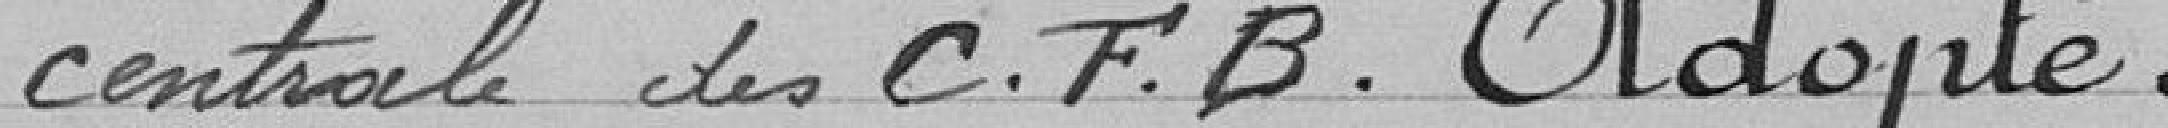
centrale des Chemins de Fer Belfortains. Adopté.